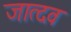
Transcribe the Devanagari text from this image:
जात्दव